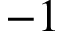
- 1